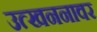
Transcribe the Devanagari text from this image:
उत्खननावर